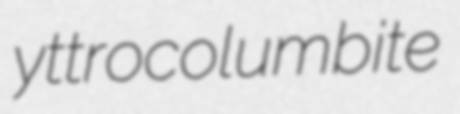
yttrocolumbite